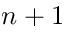
n + 1